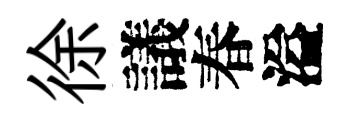
徐議春溢